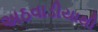
અઠવાડીયાથી